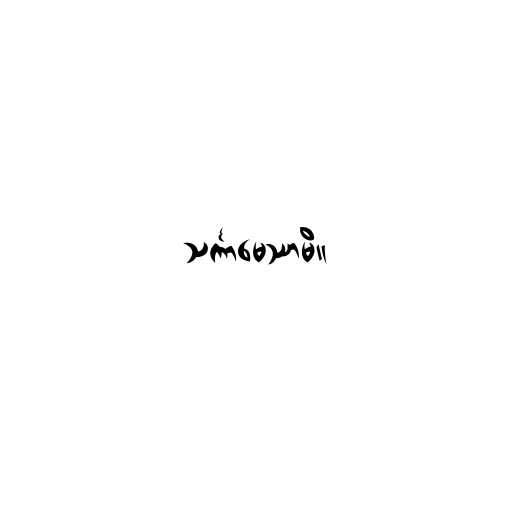
သင်္ကာမေဿာမိ။